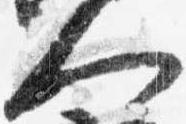
人